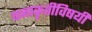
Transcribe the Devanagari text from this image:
घनाकृतींविषयीं